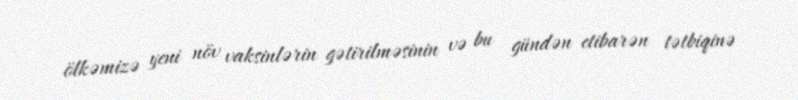
ölkəmizə yeni növ vaksinlərin gətirilməsinin və bu gündən etibarən tətbiqinə